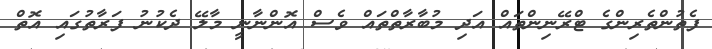
ފެތުންތެރިންގެ ޓްރޭނިންތައް އަދި މުބާރާތްތައް ވެސް އޮންނާނީ މާލޭ ދެކުނު ފަރާތުގައި އޮތް